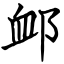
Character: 䘏